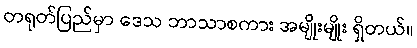
တရုတ်ပြည်မှာ ဒေသ ဘာသာစကား အမျိုးမျိုး ရှိတယ်။